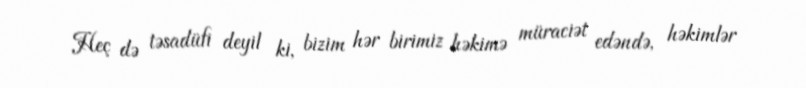
Heç də təsadüfi deyil ki, bizim hər birimiz həkimə müraciət edəndə, həkimlər